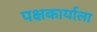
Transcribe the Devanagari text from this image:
पक्षकार्याला